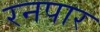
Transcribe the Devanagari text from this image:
रनपार